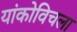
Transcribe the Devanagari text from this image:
यांकोविचला